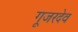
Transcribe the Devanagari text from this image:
गूजरदेव